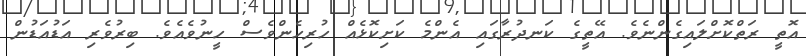
އޮތީ ރަތްކޮށްލައިގެންނެވެ. އޭތީގެ ކަނދުރާގައި އެންމެ ކަށިކޮޅެއް ހުރިހެންވެސް ހީނުވެއެވެ. ބިރުވެރި އަޑުއަޑުން